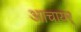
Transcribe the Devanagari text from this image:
आचायर्